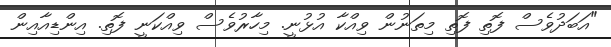
"އަބަދުވެސް ފޮތި ފޮތި މިތަނުން ވިއްކާ އުޅުނީ. މިހާރުވެސް ވިއްކަނީ ފޮތި. އިންޑިއާއިން